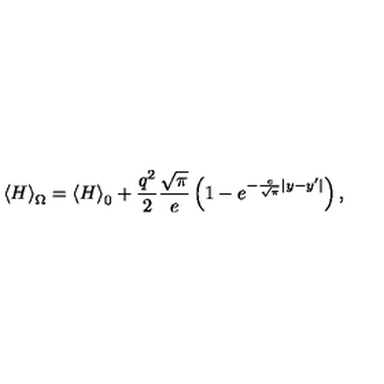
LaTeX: \left\langle H \right\rangle _ { \Omega } = \left\langle H \right\rangle _ { 0 } + \frac { { q ^ { 2 } } } { 2 } \frac { { \sqrt \pi } } { e } \left( { 1 - e ^ { - \frac { e } { { \sqrt \pi } } | y - y ^ { \prime } | } } \right) ,